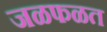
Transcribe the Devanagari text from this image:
जळफळत